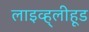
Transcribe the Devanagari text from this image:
लाइव्ह्‌लीहूड